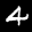
Label: 4